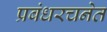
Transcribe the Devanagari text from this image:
प्रबंधरचनेत